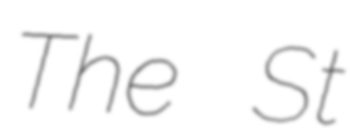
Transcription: The St